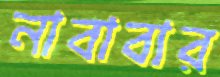
নাবাবার